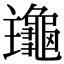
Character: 𪚹